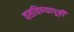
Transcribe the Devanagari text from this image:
वसविण्यापूर्वी